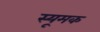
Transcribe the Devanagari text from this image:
स्यूमक